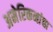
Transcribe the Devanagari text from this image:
अमेरिकनांचा